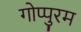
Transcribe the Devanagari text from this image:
गोप्पुरम